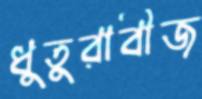
ধুতুরাবীজ